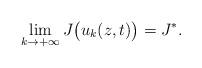
LaTeX: \begin{align*} \lim_{k\rightarrow +\infty}J\big(u_{k}(z,t)\big)=J^{*}.\end{align*}